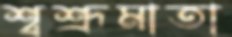
শ্বশ্রূমাতা